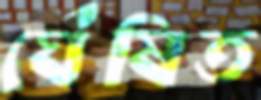
ঘেঁষিত